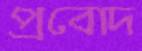
প্রবোদ